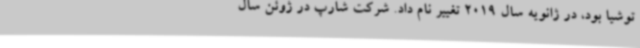
توشیا بود، در ژانویه سال 2019 تغییر نام داد. شرکت شارپ در ژوئن سال